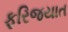
ફરિજયાત